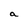
Character: a